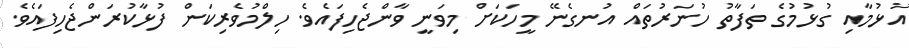
އުޅުމާއި ގުޅުމުގެ ތަފާތު ހުނަރުތައް އުނގެނޭ މީހަކަށް މިވަނީ ވާންޖެހިފައެވެ. ހިލްމުވެރިކަން ފުޅާކުރަންޖެހިފައެވެ.